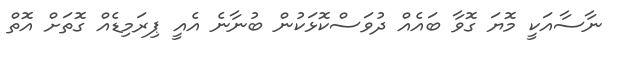
ނާސާއަކީ މޮޔަ ގޮވާ ބައެއް ދުވަސްކޮޅަކުން ބުނާނެ އެއީ ޕިރަމިޑެއް ގޮތަށް އޮތް